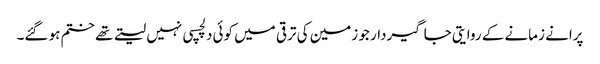
پرانے زمانے کے روایتی جاگیردار جو زمین کی ترقی میں کوئی دلچسپی نہیں لیتے تھے ختم ہو گئے۔